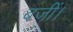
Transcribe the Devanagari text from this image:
बजीं।